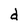
Character: d